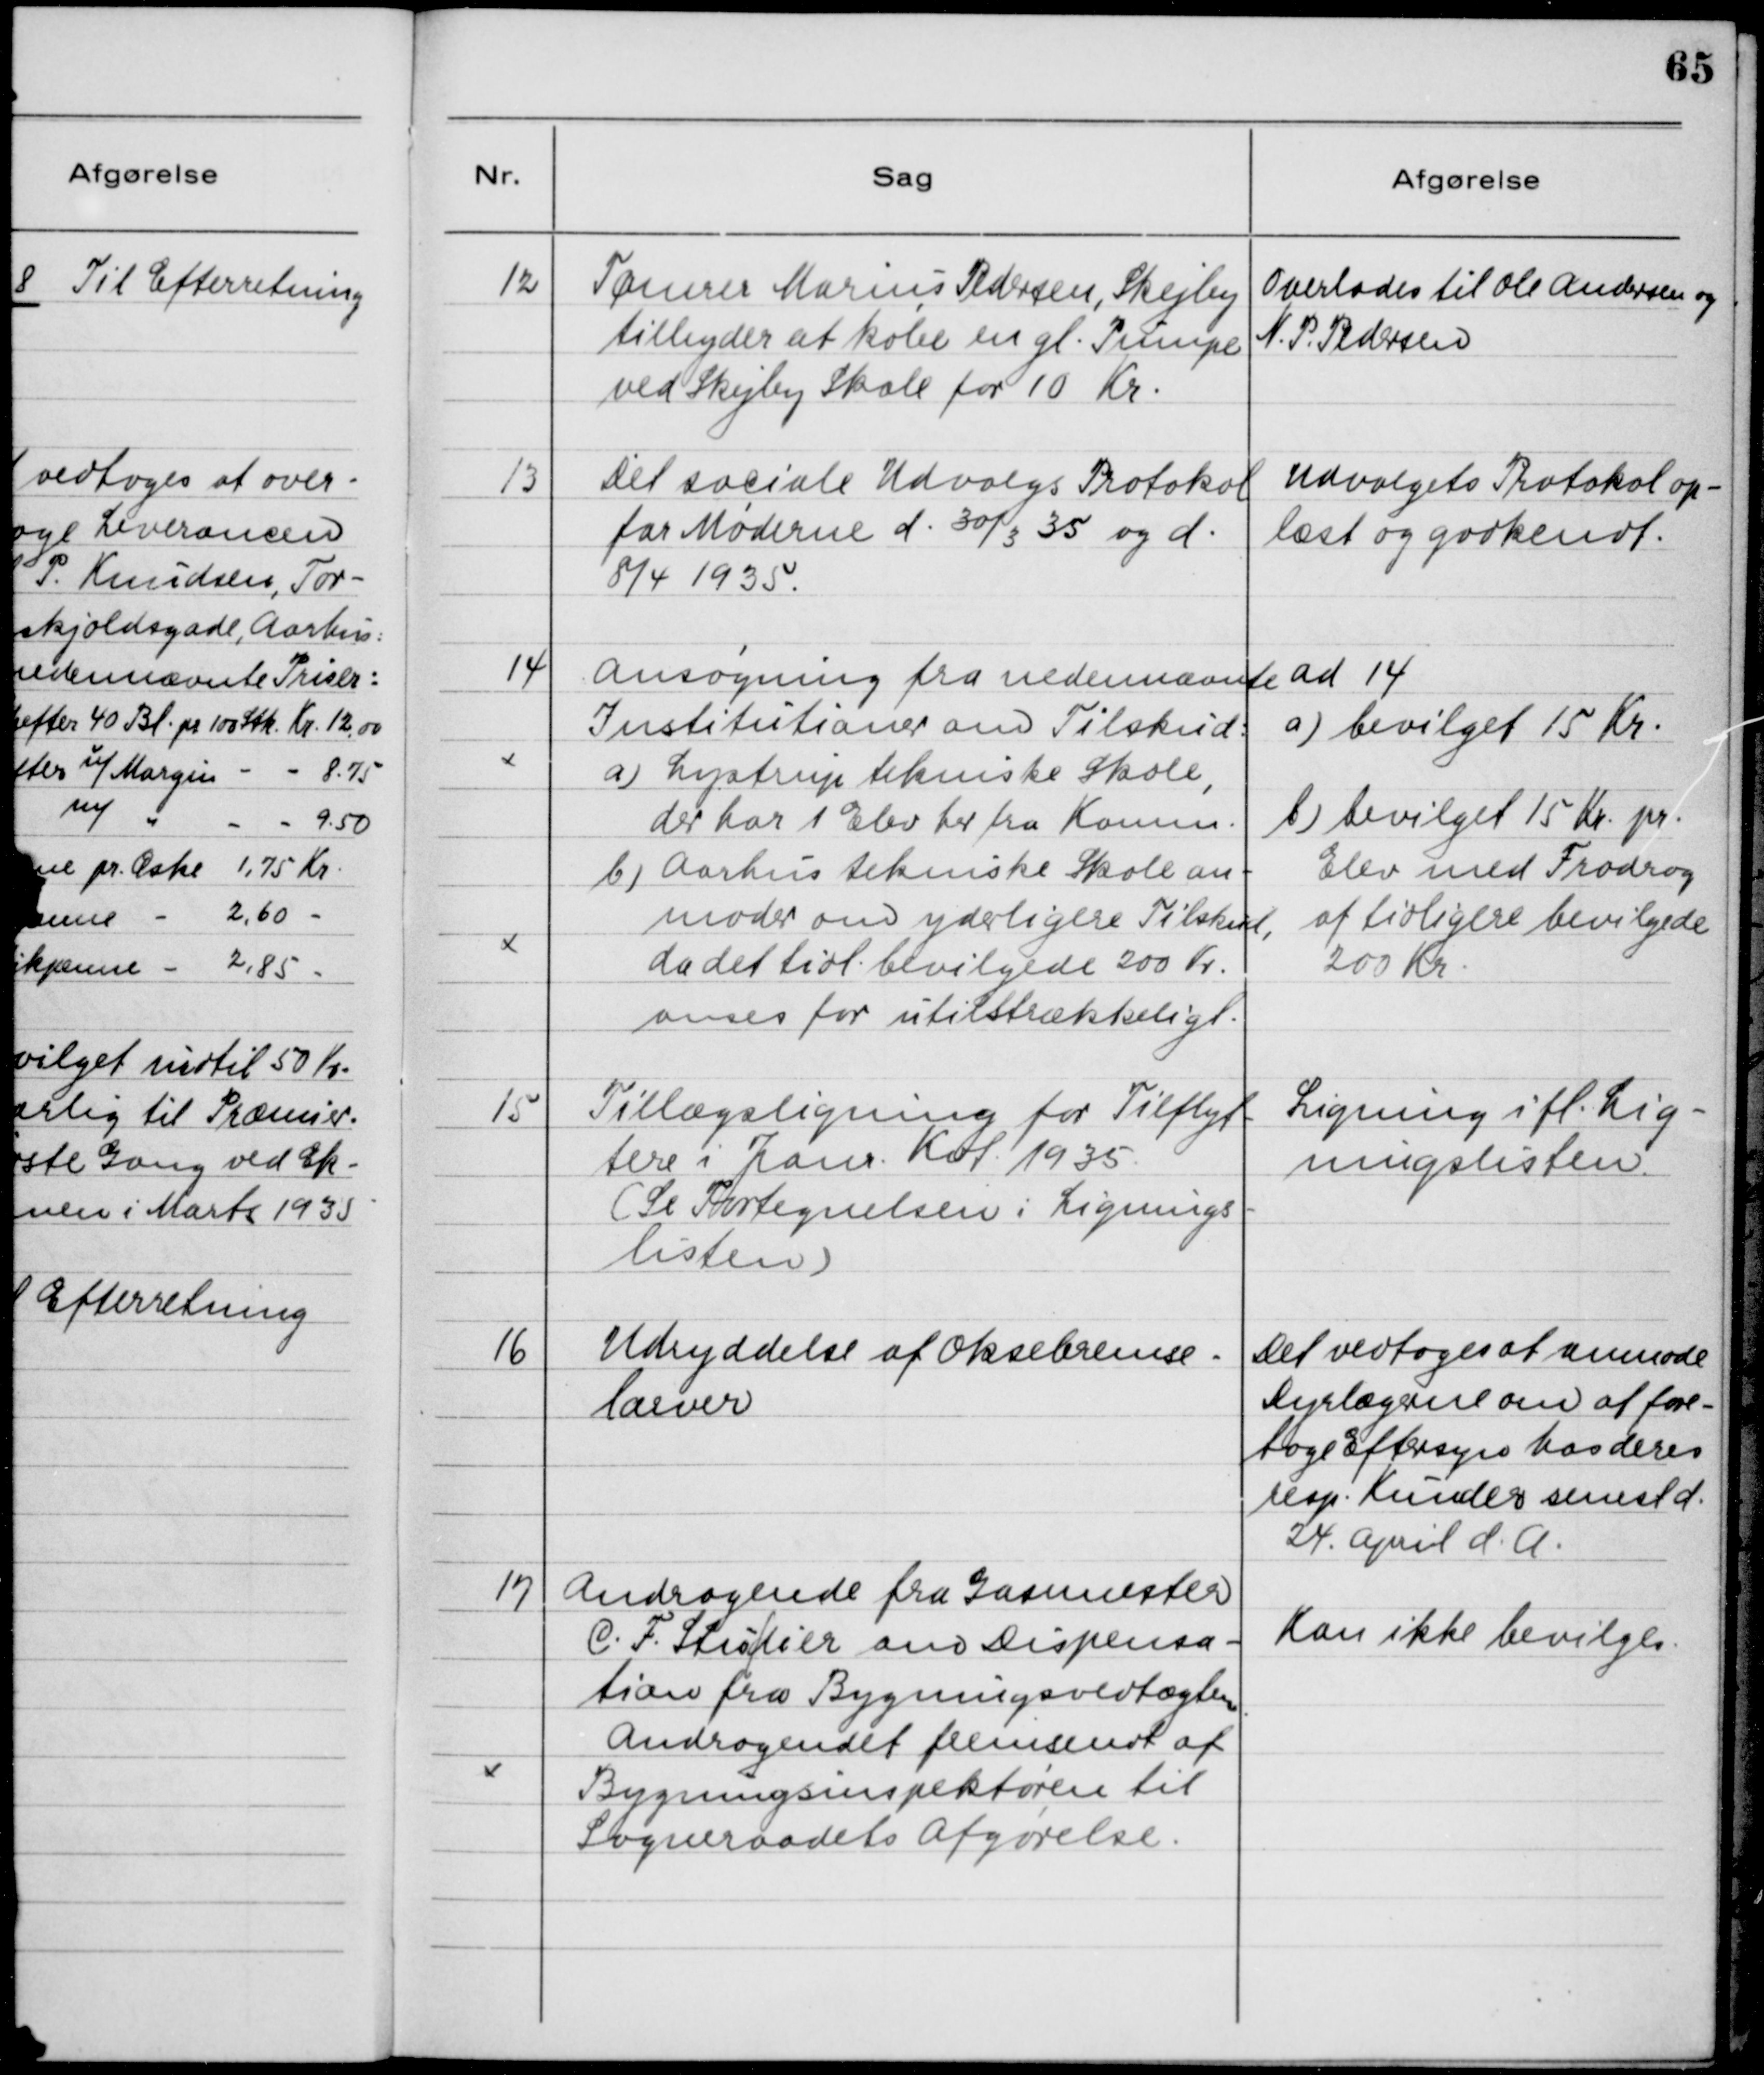
Transskription:
12

Tømrer Marius Pedersen, Skejby
tilbyder at købe en gl. Pumpe
ved Skejby Skole for 10 Kr.

Overlades til Ole Andersen og
N. P. Pedersen

13

Det sociale Udvalgs Protokol
for Møderne d. 30/3 35 og d.
8/4 1935

Udvalgets Protokol op-
læst og godkendt.

14

Ansøgning fra nedennævnte 
Institutioner om Tilskud:
a) Lystrup tekniske Skole,
der har 1 Elev her fra Komm.
b)Aarhus tekniske Skole an-
moder om yderligere Tilskud,
da det tidl. bevilgede 200 Kr.
anses for utilstrækkeligt.

ad 14.
a) bevilget 15 Kr.
b) bevilget 15 Kr. pr.
Elev med Fradrag
af tidligere bevilgede
200 Kr.

15

Tillægsligning for Tilflyt-
tere i Janr. Kvt. 1935.
(Se fortegnelsen i Lignings-
listen)

Ligning ifl. Lig-
ningslisten

16

Udryddelse af Oksebremse-
larver

Det vedtoges at anmode
Dyrlægerne om at fore-
tage Eftersyn hos deres
resp. Kunder senest
24. April d.A.

17

Andragende fra Gasmester
C. F. Studier om Dispensa-
tion fra Bygningsvedtægtens
Andragendet fremsendt af
Bygningsinspektøren til
Sogneraadets Afgørelse

Kan ikke bevilges